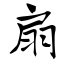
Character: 扇